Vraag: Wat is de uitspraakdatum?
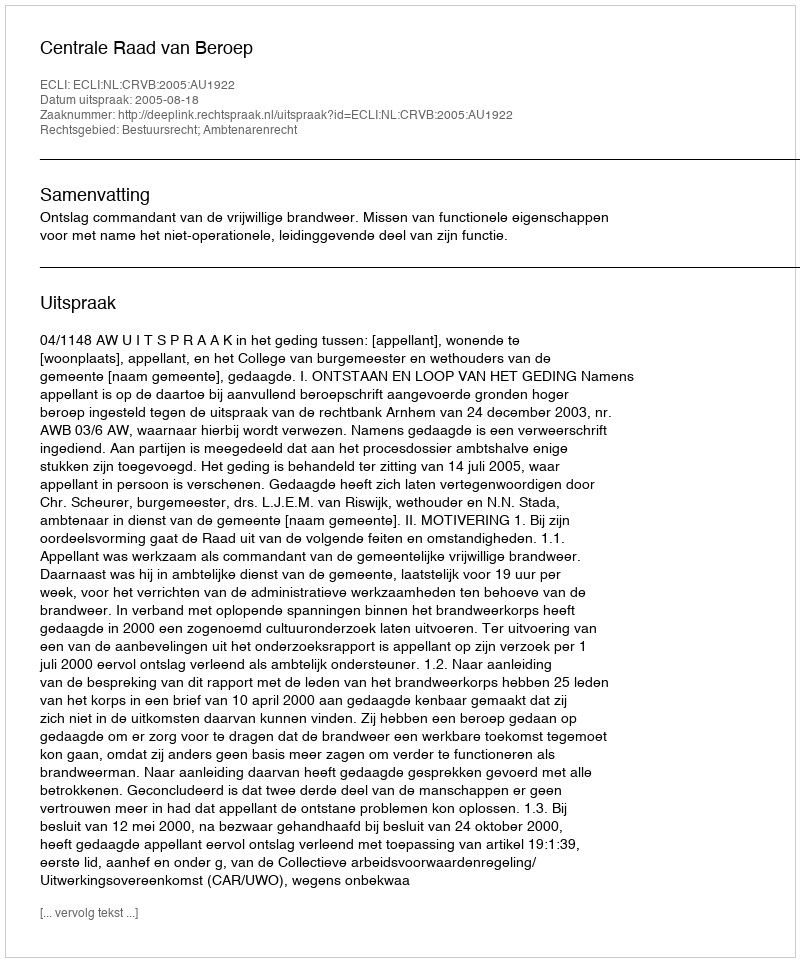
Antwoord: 2005-08-18